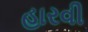
હારવી